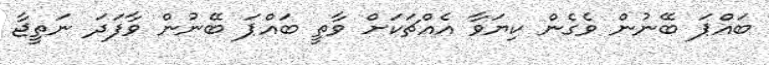
ބައްޕަ ބޭނުން ވެގެން ކިޔަވާ އެއްޗަކަށް ވާތީ ބައްޕަ ބޭނުން ވާފަދަ ނަތީޖާ